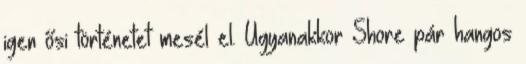
igen ősi történetet mesél el. Ugyanakkor Shore pár hangos